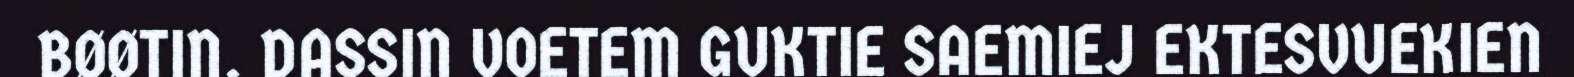
BØØTIN. DASSIN VOETEM GUKTIE SAEMIEJ EKTESVUEKIEN